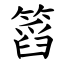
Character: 䈱